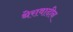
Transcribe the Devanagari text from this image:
थेरावादीन